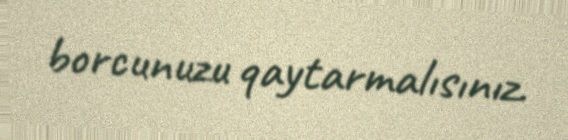
borcunuzu qaytarmalısınız.